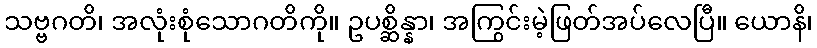
သဗ္ဗဂတိ၊ အလုံးစုံသောဂတိကို။ ဥပစ္ဆိန္နာ၊ အကြွင်းမဲ့ဖြတ်အပ်လေပြီ။ ယောနိ၊